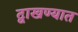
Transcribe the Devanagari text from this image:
द्वाखण्यात